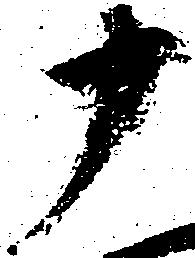
十